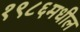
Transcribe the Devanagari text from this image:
१९८६मधील